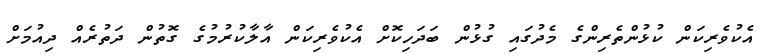
އެކުވެރިކަން ކުޅުންތެރިންގެ މެދުގައި ގުޅުން ބަދަހިކޮށް އެކުވެރިކަން އާލާކުރުމުގެ ގޮތުން ދަތުރެއް ދިއުމަށް